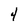
Character: 4